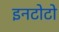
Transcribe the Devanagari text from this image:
इनटोटो